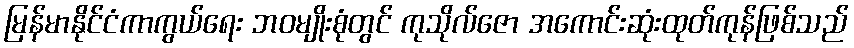
မြန်မာနိုင်ငံကာကွယ်ရေး ဘဝမျိုးစုံတွင် ကုသိုလ်ဇော အကောင်းဆုံးထုတ်ကုန်ဖြစ်သည်